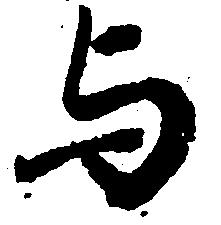
与